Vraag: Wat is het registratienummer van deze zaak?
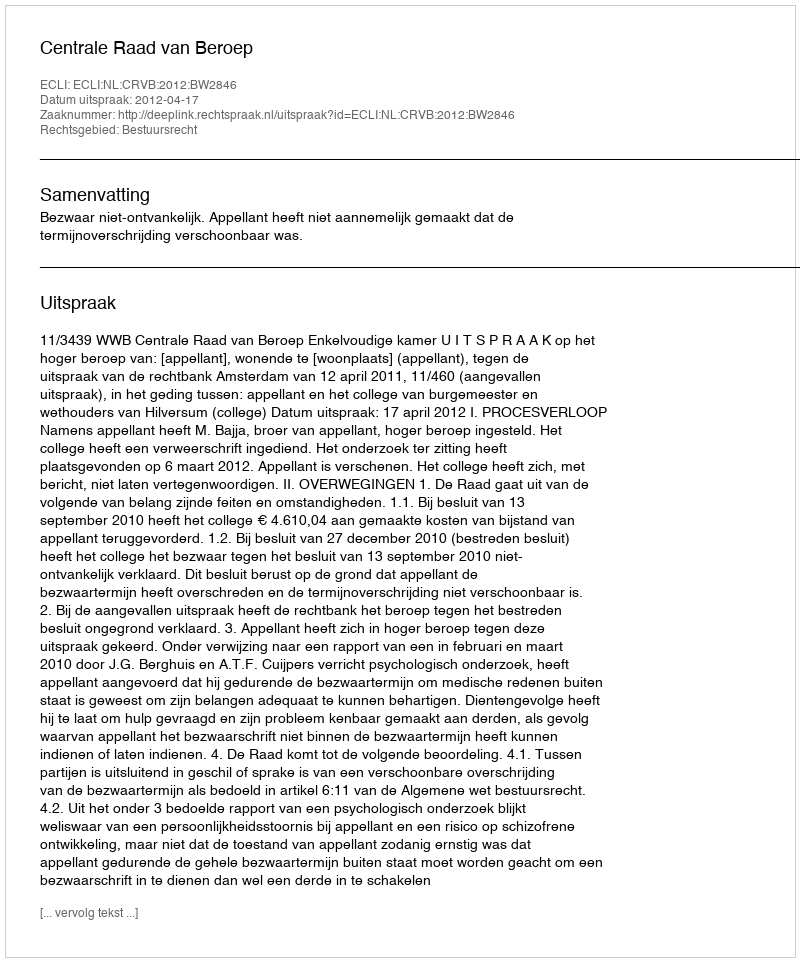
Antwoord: http://deeplink.rechtspraak.nl/uitspraak?id=ECLI:NL:CRVB:2012:BW2846